Trukikaitis_Postimees, lk 44
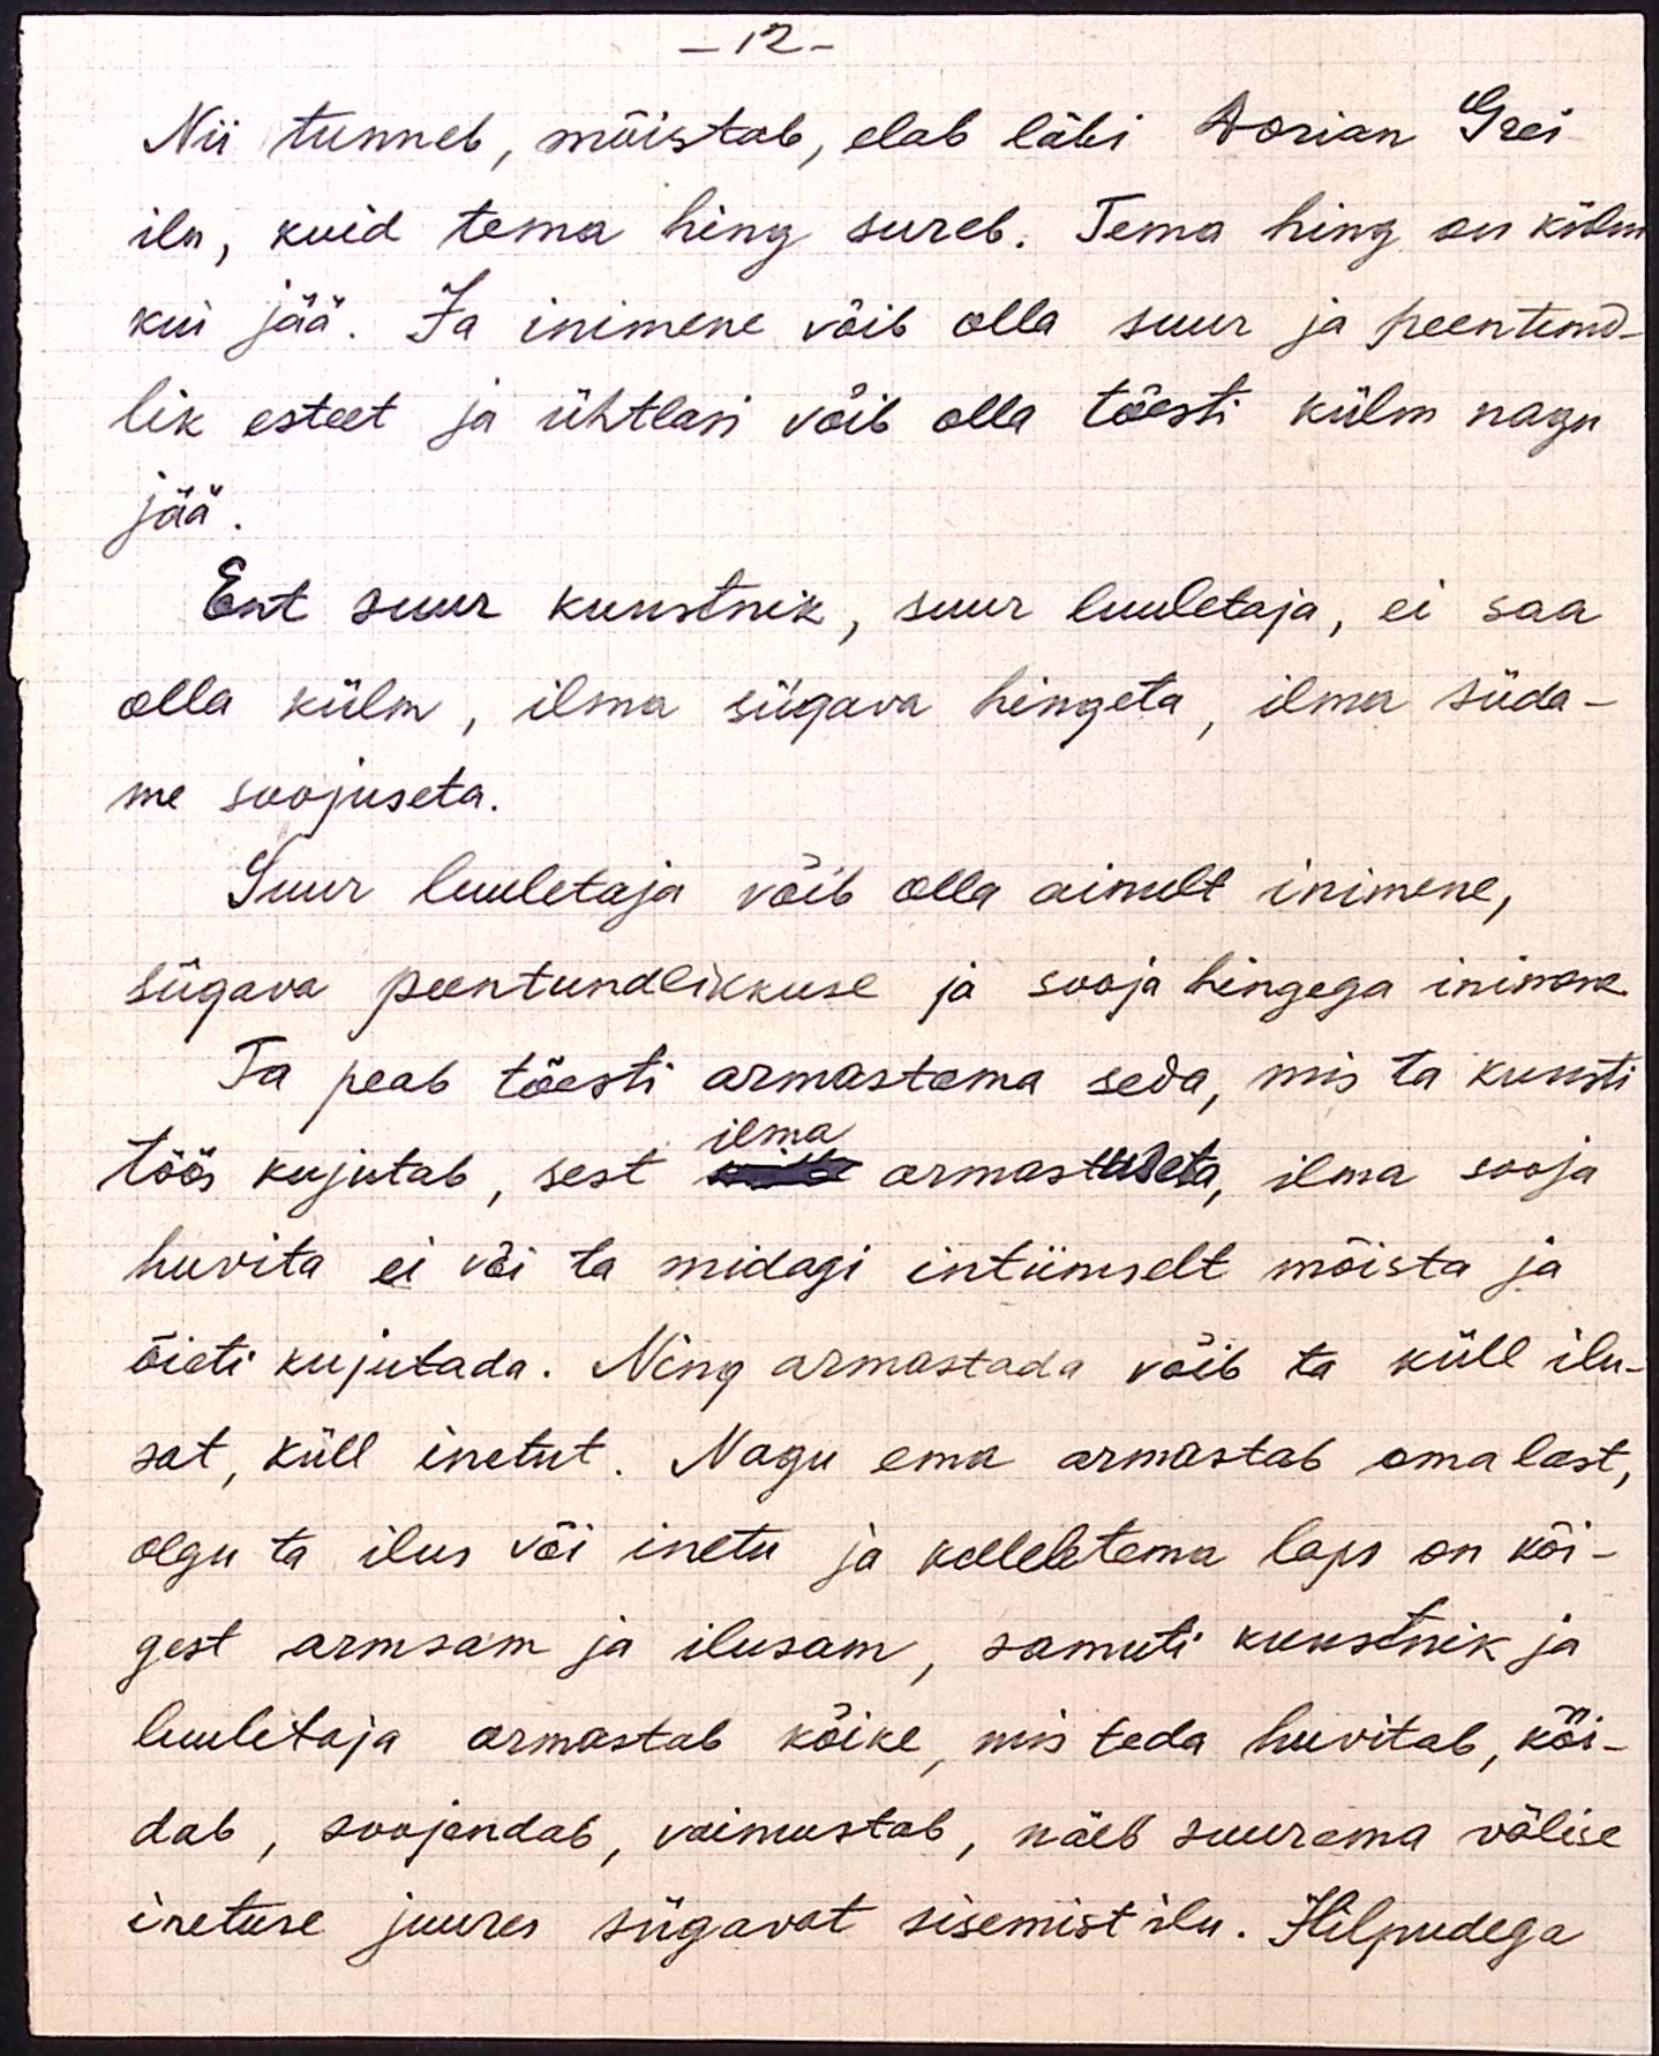
- 12 -
Nii tunneb, mõistab, elab läbi Dorian Grei
ilu, kuid tema hing sureb. Tema hing on külm
kui jää. Ja inimene võib olla suur ja peentund-
lik esteet ja ühtlasi võib olla tõesti külm nagu
jää.
Ent suur kunstnik, suur luuletaja, ei saa
olla külm, ilma sügava hingeta, ilma süda-
me soojuseta.
Suur luuletaja võib olla ainult inimene,
sügava peentundlikkuse ja sooja hingega inimene.
Ta peab tõesti armastama seda, mis ta kunsti
ilma
töös kujutab, sest mille armastuseta, ilma sooja
huvita ei või ta midagi intiimselt mõista ja
õieti kujutada. Ning armastada võib ta küll ilu-
sat, küll inetut. Nagu ema armastab oma last,
olgu ta ilus või inetu ja kelleletema laps on kõi-
gest armsam ja ilusam, samuti kunstnik ja
luuletaja armastab kõike, mis teda huvitab, köi-
dab, soojendab, vaimustab, näeb suurema välise
inetuse juures sügavat sisemist ilu. Hilpudega